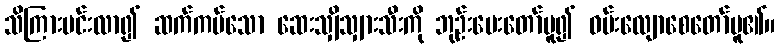
သိကြားမင်းလာ၍ ဆက်ကပ်သော ဆေးသျှိသျှားသီးကို ဘုဉ်းပေးတော်မူ၍ ဝမ်းလျောစေတော်မူ၏။